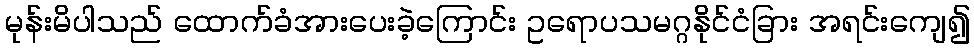
မုန်းမိပါသည် ထောက်ခံအားပေးခဲ့ကြောင်း ဥရောပသမဂ္ဂနိုင်ငံခြား အရင်းကျေ၍